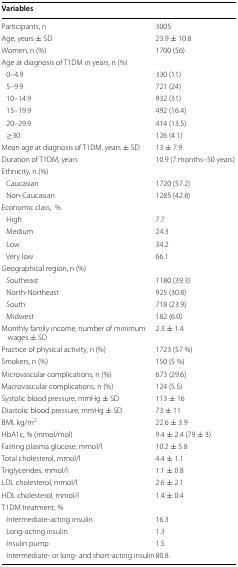
<table><thead><tr><td><b>Variables</b></td><td></td></tr></thead><tbody><tr><td>Participants, n</td><td>3005</td></tr><tr><td>Age, years ± SD</td><td>23.9 ± 10.8</td></tr><tr><td>Women, n (%)</td><td>1700 (56)</td></tr><tr><td colspan="2">Age at diagnosis of T1DM in years, n (%)</td></tr><tr><td> 0–4.9</td><td>330 (11)</td></tr><tr><td> 5–9.9</td><td>721 (24)</td></tr><tr><td> 10–14.9</td><td>932 (31)</td></tr><tr><td> 15–19.9</td><td>492 (16.4)</td></tr><tr><td> 20–29.9</td><td>414 (13.5)</td></tr><tr><td> ≥30</td><td>126 (4.1)</td></tr><tr><td>Mean age at diagnosis of T1DM, years ± SD</td><td>13 ± 7.9</td></tr><tr><td>Duration of T1DM, years</td><td>10.9 (7 months–50 years)</td></tr><tr><td colspan="2">Ethnicity, n (%)</td></tr><tr><td> Caucasian</td><td>1720 (57.2)</td></tr><tr><td> Non-Caucasian</td><td>1285 (42.8)</td></tr><tr><td colspan="2">Economic class,%</td></tr><tr><td> High</td><td>7.7</td></tr><tr><td> Medium</td><td>24.3</td></tr><tr><td> Low</td><td>34.2</td></tr><tr><td> Very low</td><td>66.1</td></tr><tr><td colspan="2">Geographical region, n (%)</td></tr><tr><td> Southeast</td><td>1180 (39.3)</td></tr><tr><td> North-Northeast</td><td>925 (30.8)</td></tr><tr><td> South</td><td>718 (23.9)</td></tr><tr><td> Midwest</td><td>182 (6.0)</td></tr><tr><td>Monthly family income, number of minimum wages ± SD</td><td>2.3 ± 1.4</td></tr><tr><td>Practice of physical activity, n (%)</td><td>1723 (57 %)</td></tr><tr><td>Smokers, n (%)</td><td>150 (5 %)</td></tr><tr><td>Microvascular complications, n (%)</td><td>673 (29.6)</td></tr><tr><td>Macrovascular complications, n (%)</td><td>124 (5.5)</td></tr><tr><td>Systolic blood pressure, mmHg ± SD</td><td>113 ± 16</td></tr><tr><td>Diastolic blood pressure, mmHg ± SD</td><td>73 ± 11</td></tr><tr><td>BMI, kg/m<sup>2</sup></td><td>22.6 ± 3.9</td></tr><tr><td>HbA1c, % (mmol/mol)</td><td>9.4 ± 2.4 (79 ± 3)</td></tr><tr><td>Fasting plasma glucose, mmol/l</td><td>10.2 ± 5.8</td></tr><tr><td>Total cholesterol, mmol/l</td><td>4.4 ± 1.1</td></tr><tr><td>Triglycerides, mmol/l</td><td>1.1 ± 0.8</td></tr><tr><td>LDL cholesterol, mmol/l</td><td>2.6 ± 2.1</td></tr><tr><td>HDL cholesterol, mmol/l</td><td>1.4 ± 0.4</td></tr><tr><td colspan="2">T1DM treatment, %</td></tr><tr><td> Intermediate-acting insulin</td><td>16.3</td></tr><tr><td> Long-acting insulin</td><td>1.3</td></tr><tr><td> Insulin pump</td><td>1.5</td></tr><tr><td> Intermediate- or long- and short-acting insulin</td><td>80.8</td></tr></tbody></table>